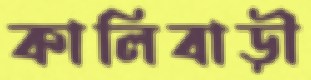
কালিবাড়ী